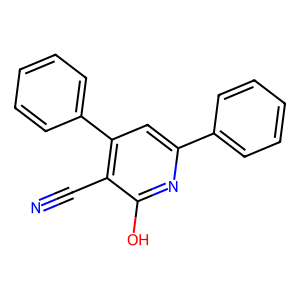
SMILES: N#Cc1c(-c2ccccc2)cc(-c2ccccc2)nc1O
Inhibits HIV replication: No